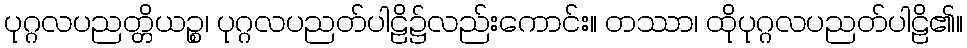
ပုဂ္ဂလပညတ္တိယဉ္စ၊ ပုဂ္ဂလပညတ်ပါဠိ၌လည်းကောင်း။ တဿာ၊ ထိုပုဂ္ဂလပညတ်ပါဠိ၏။